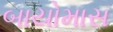
બાયોમાસ